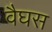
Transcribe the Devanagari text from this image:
वैघस